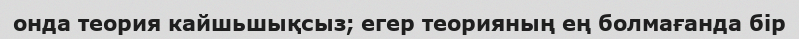
онда теория кайшьшықсыз; егер теорияның ең болмағанда бір